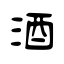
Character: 酒